Vaccination Hyderabad 1872-1889 - 1872-1889
Year: 1872
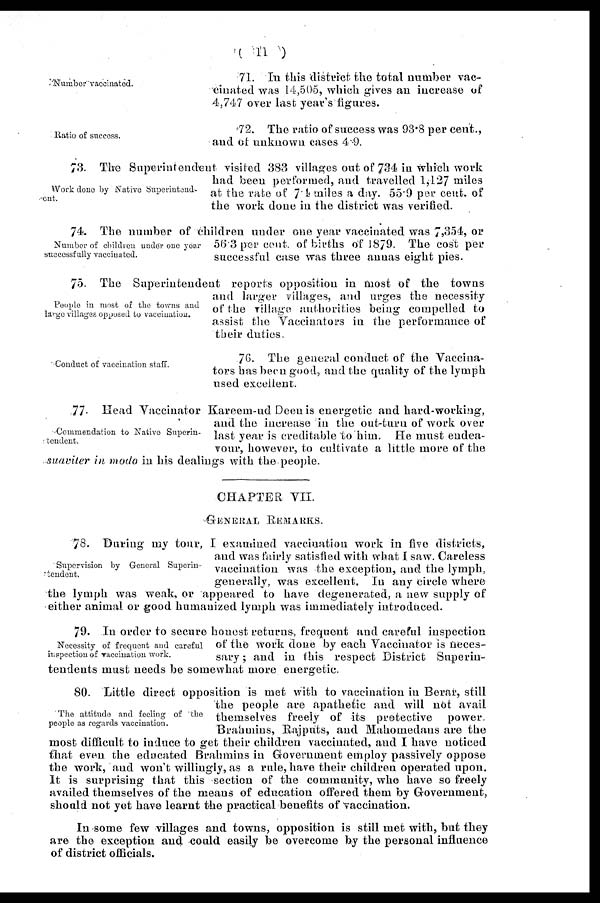
(11)
Number vaccinated.
71. In this district the total number vac-
cinated was 14,505, which gives an increase of
4,747 over last year's figures.
Ratio of success.
72. The ratio of success was 93.8 per cent.,
and of unknown cases 4.9.
Work done by Native Superintend-
ent.
73. Tire Superintendent visited 383 villages out of 734 in which work
had been performed, and travelled 1,127 miles
at the rate of 7.4 miles a day. 55.9 per cent. of
the work done in the district was verified.
Number of children under one year
successfully vaccinated.
74. The number of children under one year vaccinated was 7,354, or
56.3 per cent. of births of 1879. The cost per
successful case was three annas eight pies.
People in most of the towns and
large villages opposed to vaccination.
75. The Superintendent reports opposition in most of the towns
and larger villages, and urges the necessity
of the village authorities being compelled to
assist the Vaccinators in the performance of
their duties.
Conduct of vaccination staff.
76. The general conduct of the Vaccina-
tors has been good, and the quality of the lymph
used excellent.
Commendation to Native Superin-
tendent.
77. Head Vaccinator Kareem-ud Deen is energetic and hard-working,
and the increase in the out-turn of work over
last year is creditable to him. He must endea-
vour, however, to cultivate a little more of the
suaviler in modo in his dealings with the people.
CHAPTER VII.
GENERAL REMARKS.
Supervision by General Superin-
tendent.
78. During my tour, I examined vaccination work in five districts,
and was fairly satisfied with what I saw. Careless
vaccination was the exception, and the lymph,
generally, was excellent. In any circle where
the lymph was weak, or appeared to have degenerated, a new supply of
either animal or good humanized lymph was immediately introduced.
Necessity of frequent and careful
inspection of vaccination work.
79. In order to secure honest returns, frequent and careful inspection
of the work done by each Vaccinator is neces-
sary ; and in this respect District Superin-
tendents must needs be somewhat more energetic.
The attitude and feeling of the
people as regards vaccination.
80. Little direct opposition is met with to vaccination in Berar, still
the people are apathetic and will not avail
themselves freely of its protective power.
Brahmins, Rajputs, and Mahomedans are the
most difficult to induce to get their children vaccinated, and I have noticed
that even the educated Brahmins in Government employ passively oppose
the work, and won't willingly, as a rule, have their children operated upon.
It is surprising that this section of the community, who have so freely
availed themselves of the means of education offered them by Government,
should not yet have learnt the practical benefits of vaccination.
In some few villages and towns, opposition is still met with, but they
are the exception and could easily be overcome by the personal influence
of district officials.